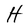
Character: H